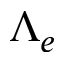
\Lambda _ { e }